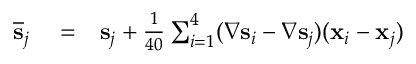
\begin{array} { r l r } { \overline { { \bf s } } _ { j } } & { { } = } & { { \bf s } _ { j } + \frac { 1 } { 4 0 } \sum _ { i = 1 } ^ { 4 } ( \nabla { \bf s } _ { i } - \nabla { \bf s } _ { j } ) ( { \bf x } _ { i } - { \bf x } _ { j } ) } \end{array}